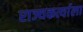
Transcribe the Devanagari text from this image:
राज्यकर्त्याला